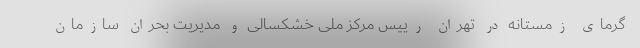
گرمای زمستانه در تهران رییس مرکز ملی خشکسالی و مدیریت بحران سازمان